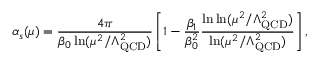
\alpha _ { s } ( \mu ) = \frac { 4 \pi } { \beta _ { 0 } \ln ( \mu ^ { 2 } / \Lambda _ { \mathrm { Q C D } } ^ { 2 } ) } \left[ 1 - \frac { \beta _ { 1 } } { \beta _ { 0 } ^ { 2 } } \frac { \ln \ln ( \mu ^ { 2 } / \Lambda _ { \mathrm { Q C D } } ^ { 2 } ) } { \ln ( \mu ^ { 2 } / \Lambda _ { \mathrm { Q C D } } ^ { 2 } ) } \right] ,